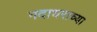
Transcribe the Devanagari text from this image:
गदाधराच्या